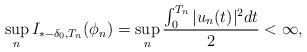
LaTeX: \begin{align*}\sup\limits_{n}I_{*-\delta_0,T_n}(\phi_n)=\sup\limits_{n}\frac{\int^{T_n}_0|u_n(t)|^2dt}{2}<\infty,\end{align*}